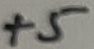
Text: +5